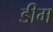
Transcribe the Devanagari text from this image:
डीम